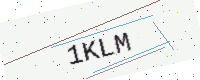
Text: 1KLM